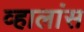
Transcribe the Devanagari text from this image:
व्हालांस